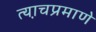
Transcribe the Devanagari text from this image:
त्या़चप्रमाणे